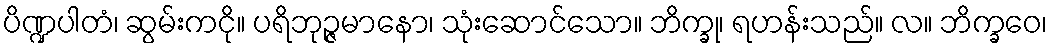
ပိဏ္ဍပါတံ၊ ဆွမ်းကငို။ ပရိဘုဉ္ဇမာနော၊ သုံးဆောင်သော။ ဘိက္ခု၊ ရဟန်းသည်။ လ။ ဘိက္ခဝေ၊